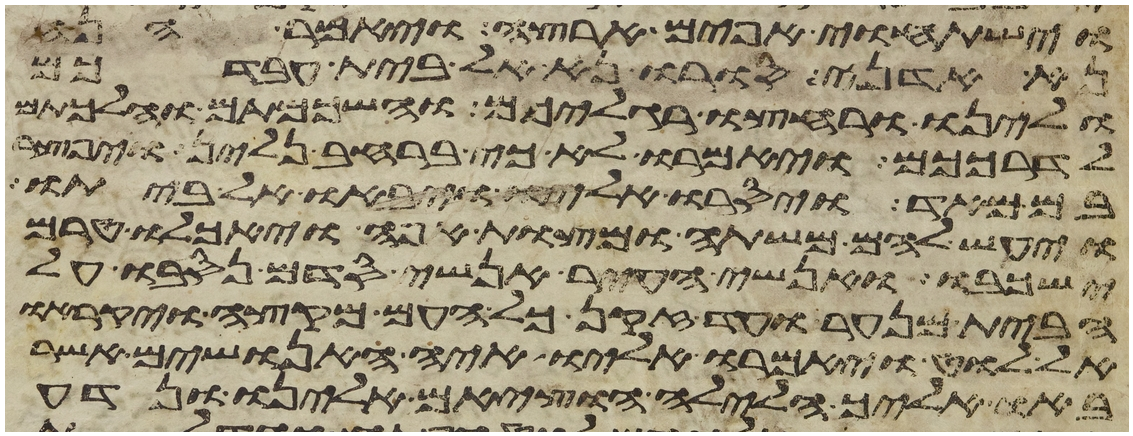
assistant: וישתחוי אפים ארצה ויאמר הנה
נא אדני סורו נא אל בית עבדכם
ולינו ורחצו רגליכם והשכמתם והלכתם
לדרככם ויאמרו לא כי ברחב נלין ויפצר
בם מאד ויסרו אליו ויבאו אל ביתו
ויעש להם משתה ומצות אפה ויאכלו טרם
ישכבו אנשי העיר אנשי סדם נסבו על
הבית מנער ועד זקן כל העם מקצה ויקראו
אל לוט ויאמרו אליו איה האנושים אשר
באו אליך הלילה הוציאם אלינו ונדע